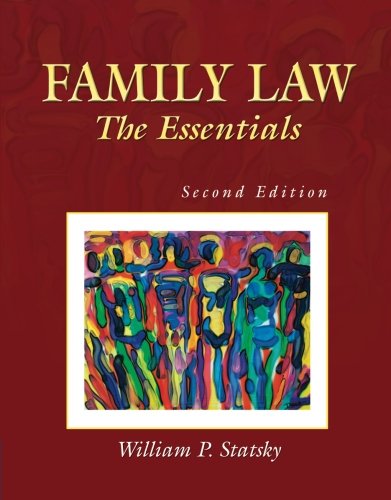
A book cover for Family Law: The Essentials; William P. Statsky; Law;